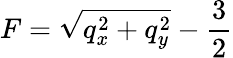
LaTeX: F=\sqrt{\smash[b]{q_{x}^{2}+q_{y}^{2}}}-\frac 32